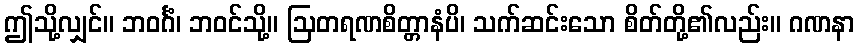
ဤသို့လျှင်။ ဘဝင်္ဂံ၊ ဘဝင်သို့။ ဩတရဏစိတ္တာနံပိ၊ သက်ဆင်းသော စိတ်တို့၏လည်း။ ဂဏနာ